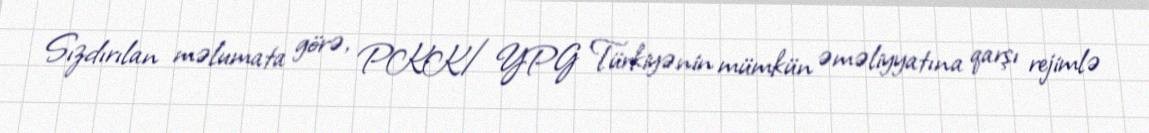
Sızdırılan məlumata görə, PKK/YPG Türkiyənin mümkün əməliyyatına qarşı rejimlə